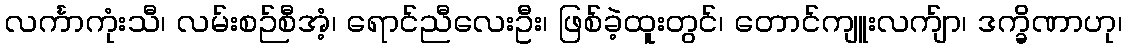
လင်္ကာကုံးသီ၊ လမ်းစဉ်စီအံ့၊ ရောင်ညီလေးဦး၊ ဖြစ်ခဲ့ထူးတွင်၊ တောင်ကျူးလက်ျာ၊ ဒက္ခိဏာဟု၊